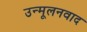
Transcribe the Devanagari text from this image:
उन्मूलनवाद